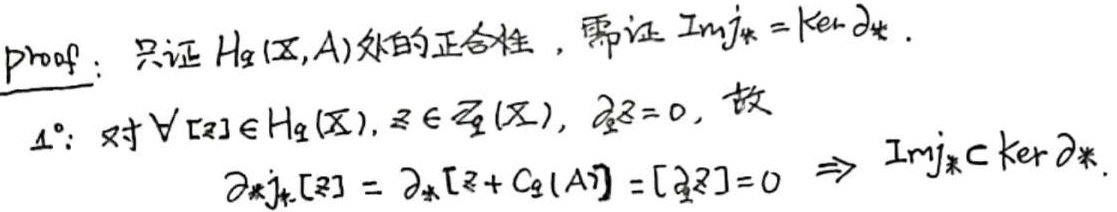
\begin{proof}: 只证 $H_q(X,A)$ 处的正合性, 需证 $\mathrm{Im}j_*=\mathrm{Ker}\partial_*$.
$1^{\circ}$: 对 $\forall [z]\in H_q(X), z\in Z_q(X), \partial_qz = 0$, 故
$\partial_*j_*[z]=\partial_*[z + C_q(A)]=[\partial_qz]=0\Rightarrow\mathrm{Im}j_*\subset\mathrm{Ker}\partial_*$.
\end{proof}